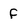
Character: f